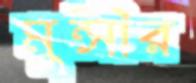
মুন্সীর